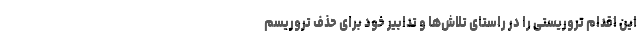
این اقدام تروریستی را در راستای تلاش‌ها و تدابیر خود برای حذف تروریسم